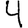
Digit: 4